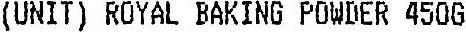
(UNIT) ROYAL BAKING POWDER 450G